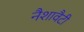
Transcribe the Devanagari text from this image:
नैशावैटी